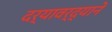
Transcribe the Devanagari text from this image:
दर्यावर्द्याने